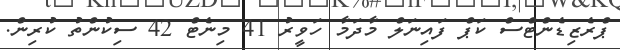
ޕްރެޒިޑެންޓްސް ކަޕް ފައިނަލް މާދަމާ ހަވީރު 41 މިނެޓް 42 ސިކުންތު ކުރިން.